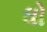
ધો